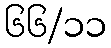
၆၆/၁၁